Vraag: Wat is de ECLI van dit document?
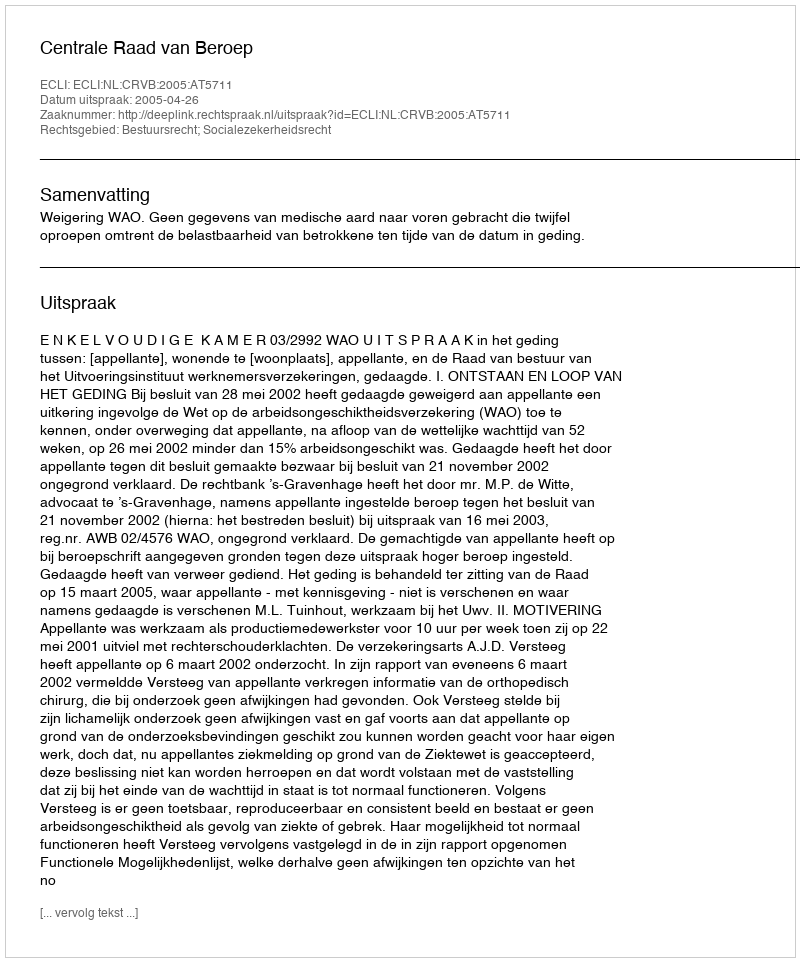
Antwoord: ECLI:NL:CRVB:2005:AT5711